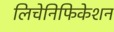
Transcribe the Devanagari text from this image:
लिचेनिफिकेशन